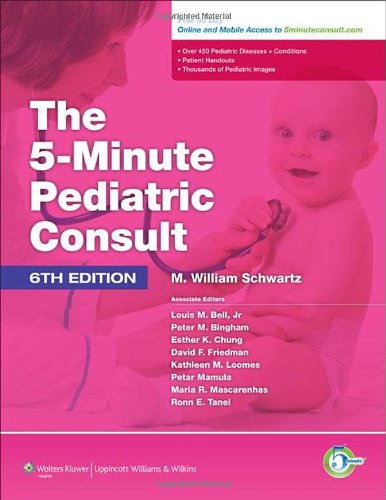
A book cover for The 5 Minute Pediatric Consult (The 5-Minute Consult Series); M. William Schwartz MD; Medical Books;